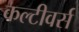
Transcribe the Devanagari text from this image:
कल्टीवर्स